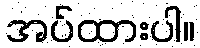
အပ်ထားပါ။